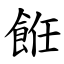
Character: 餁